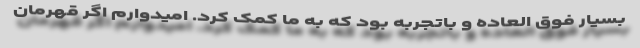
بسیار فوق العاده و باتجربه بود که به ما کمک کرد. امیدوارم اگر قهرمان